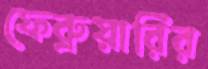
ফেব্রুয়ারির